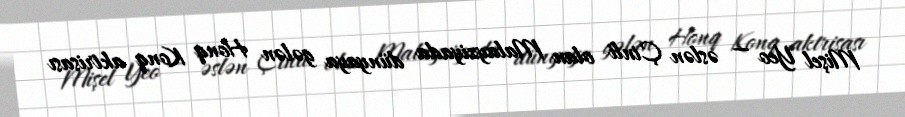
Mişel Yeo — əslən Çinli olan Malayziyada dünyaya gələn Honq Konq aktrisası